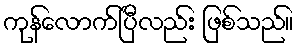
ကုန်လောက်ပြီလည်း ဖြစ်သည်။